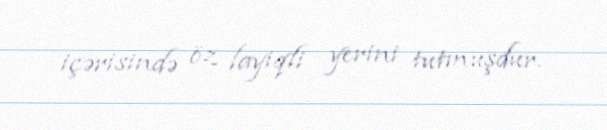
içərisində öz layiqli yerini tutmuşdur.